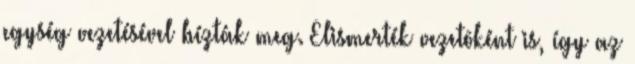
egység vezetésével bízták meg. Elismerték vezetôként is, így az